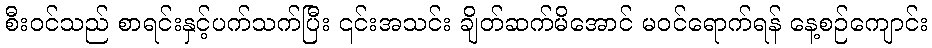
စီး၀င်သည် စာရင်းနှင့်ပက်သက်ပြီး ၎င်းအသင်း ချိတ်ဆက်မိအောင် မဝင်ရောက်ရန် နေ့စဉ်ကျောင်း